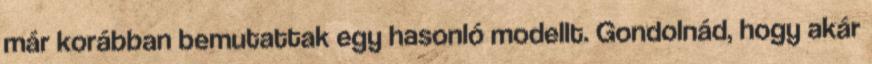
már korábban bemutattak egy hasonló modellt. Gondolnád, hogy akár